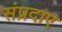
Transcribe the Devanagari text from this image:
संप्रदाए